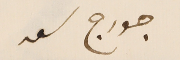
جورج سعد